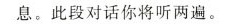
息.此段对话你将听两遍.